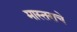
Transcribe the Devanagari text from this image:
मास्तराचे